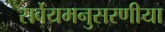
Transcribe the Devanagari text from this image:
सर्वेयमनुसरणीया